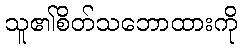
သူ၏စိတ်သဘောထားကို